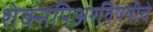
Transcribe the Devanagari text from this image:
शेक्सपिअरविषयीचे